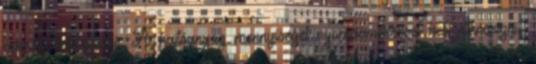
szerint kell eljárni. A hajtóanyag mennyiségét nyomásméréssel kell ellenõrizni.